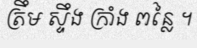
ត្រឹម ស្ទឹង ក្រាំង ពន្លៃ ។